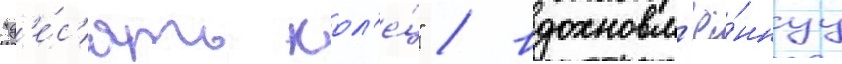
"д'е́с'ять кол'е́ц" / вдохновл'ё́ннуу